Civil Veterinary Department. Central Provinces & Berar 1932-41 - 1932-1941
Year: 1932
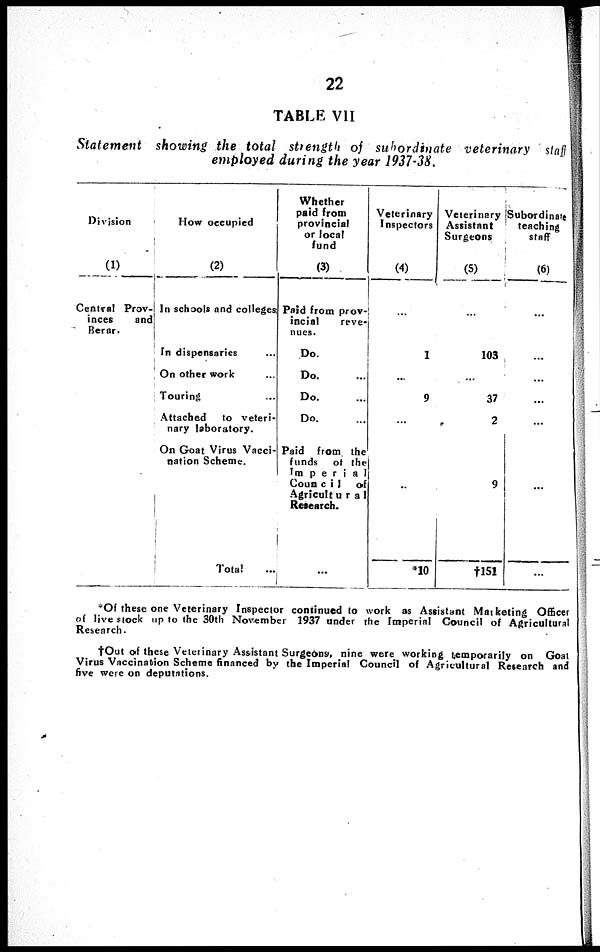
22
TABLE VII
Statement showing the total strength of subordinate veterinary staff
employed during the year 1937-38.
Division
(1)
Central Prov-
inces
and
Berar.
How occupied
(2)
In schools and colleges.
In dispensaries ...
On other work ...
Touring ...
Attached
to veteri-
nary laboratory.
On Goat Virus Vacci-
nation Scheme.
Total ...
Whether
paid from
provincial
or local
fund
(3)
Paid from prov-
incial
reve-
nues.
Do. ...
Do. ...
Do. ...
Do. ...
Paid from the
funds of the
Imperial
Council
of
Agricultural
Research.
...
Veterinary
Inspectors
(4)
...
1
...
9
...
..
*10
Veterinary
Assistant
Surgeons
(5)
...
103
...
37
2
9
†151
Subordinate
teaching
staff
(6)
...
...
...
...
...
...
...
*Of these one Veterinary Inspector continued to work as Assistant Marketing Officer
of live stock up to the 30th November 1937 under the Imperial Council of Agricultural
Research.
†Out of these Veterinary Assistant Surgeons, nine were working temporarily on Goal
Virus Vaccination Scheme financed by the Imperial Council of Agricultural Research and
five were on deputations.